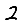
Digit: 2